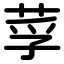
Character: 莩